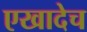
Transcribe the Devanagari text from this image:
एखादेच